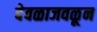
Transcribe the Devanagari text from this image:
देवळाजवळून